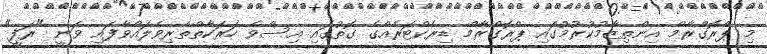
މި ޕްރޮގްރާމް އިންތިޒާމުކުރުމުގައި ޕްރޮގްރާމް ޑިރެކްޓަރެއްގެ ގޮތުގައި އިސްވެ ހަރަކާތްތެރިވެލައްވާފައި ވަނީ "ރަފީ"